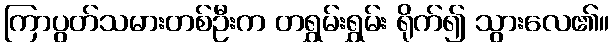
ကြာပွတ်သမားတစ်ဦးက တရွှမ်းရွှမ်း ရိုက်၍ သွားလေ၏။